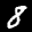
Label: 8